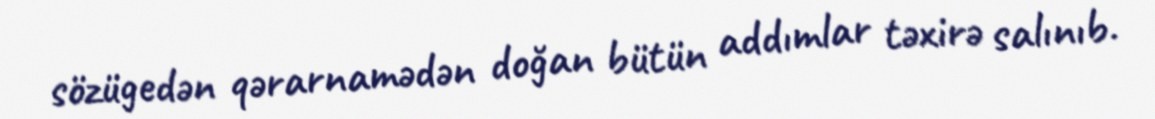
sözügedən qərarnamədən doğan bütün addımlar təxirə salınıb.